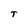
Character: T